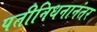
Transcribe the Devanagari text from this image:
पतीनिधनानंतर